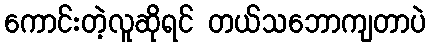
ကောင်းတဲ့လူဆိုရင် တယ်သဘောကျတာပဲ